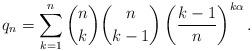
LaTeX: \begin{align*}q_n =\sum_{k=1}^{n} \binom{n}{k} \binom{n}{k-1} \left(\frac{k-1}{n}\right)^{k\alpha}.\end{align*}